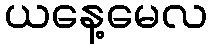
ယနေ့မေလ